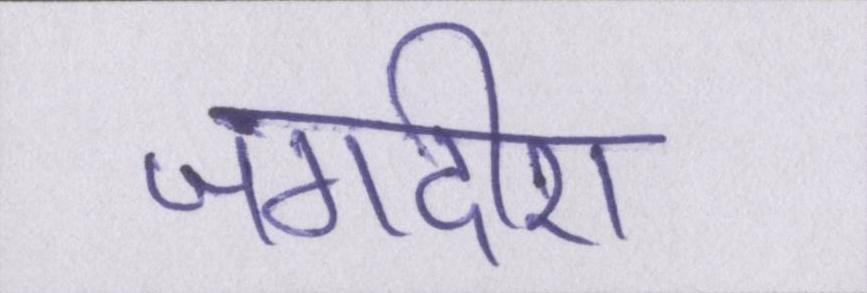
जगदीश